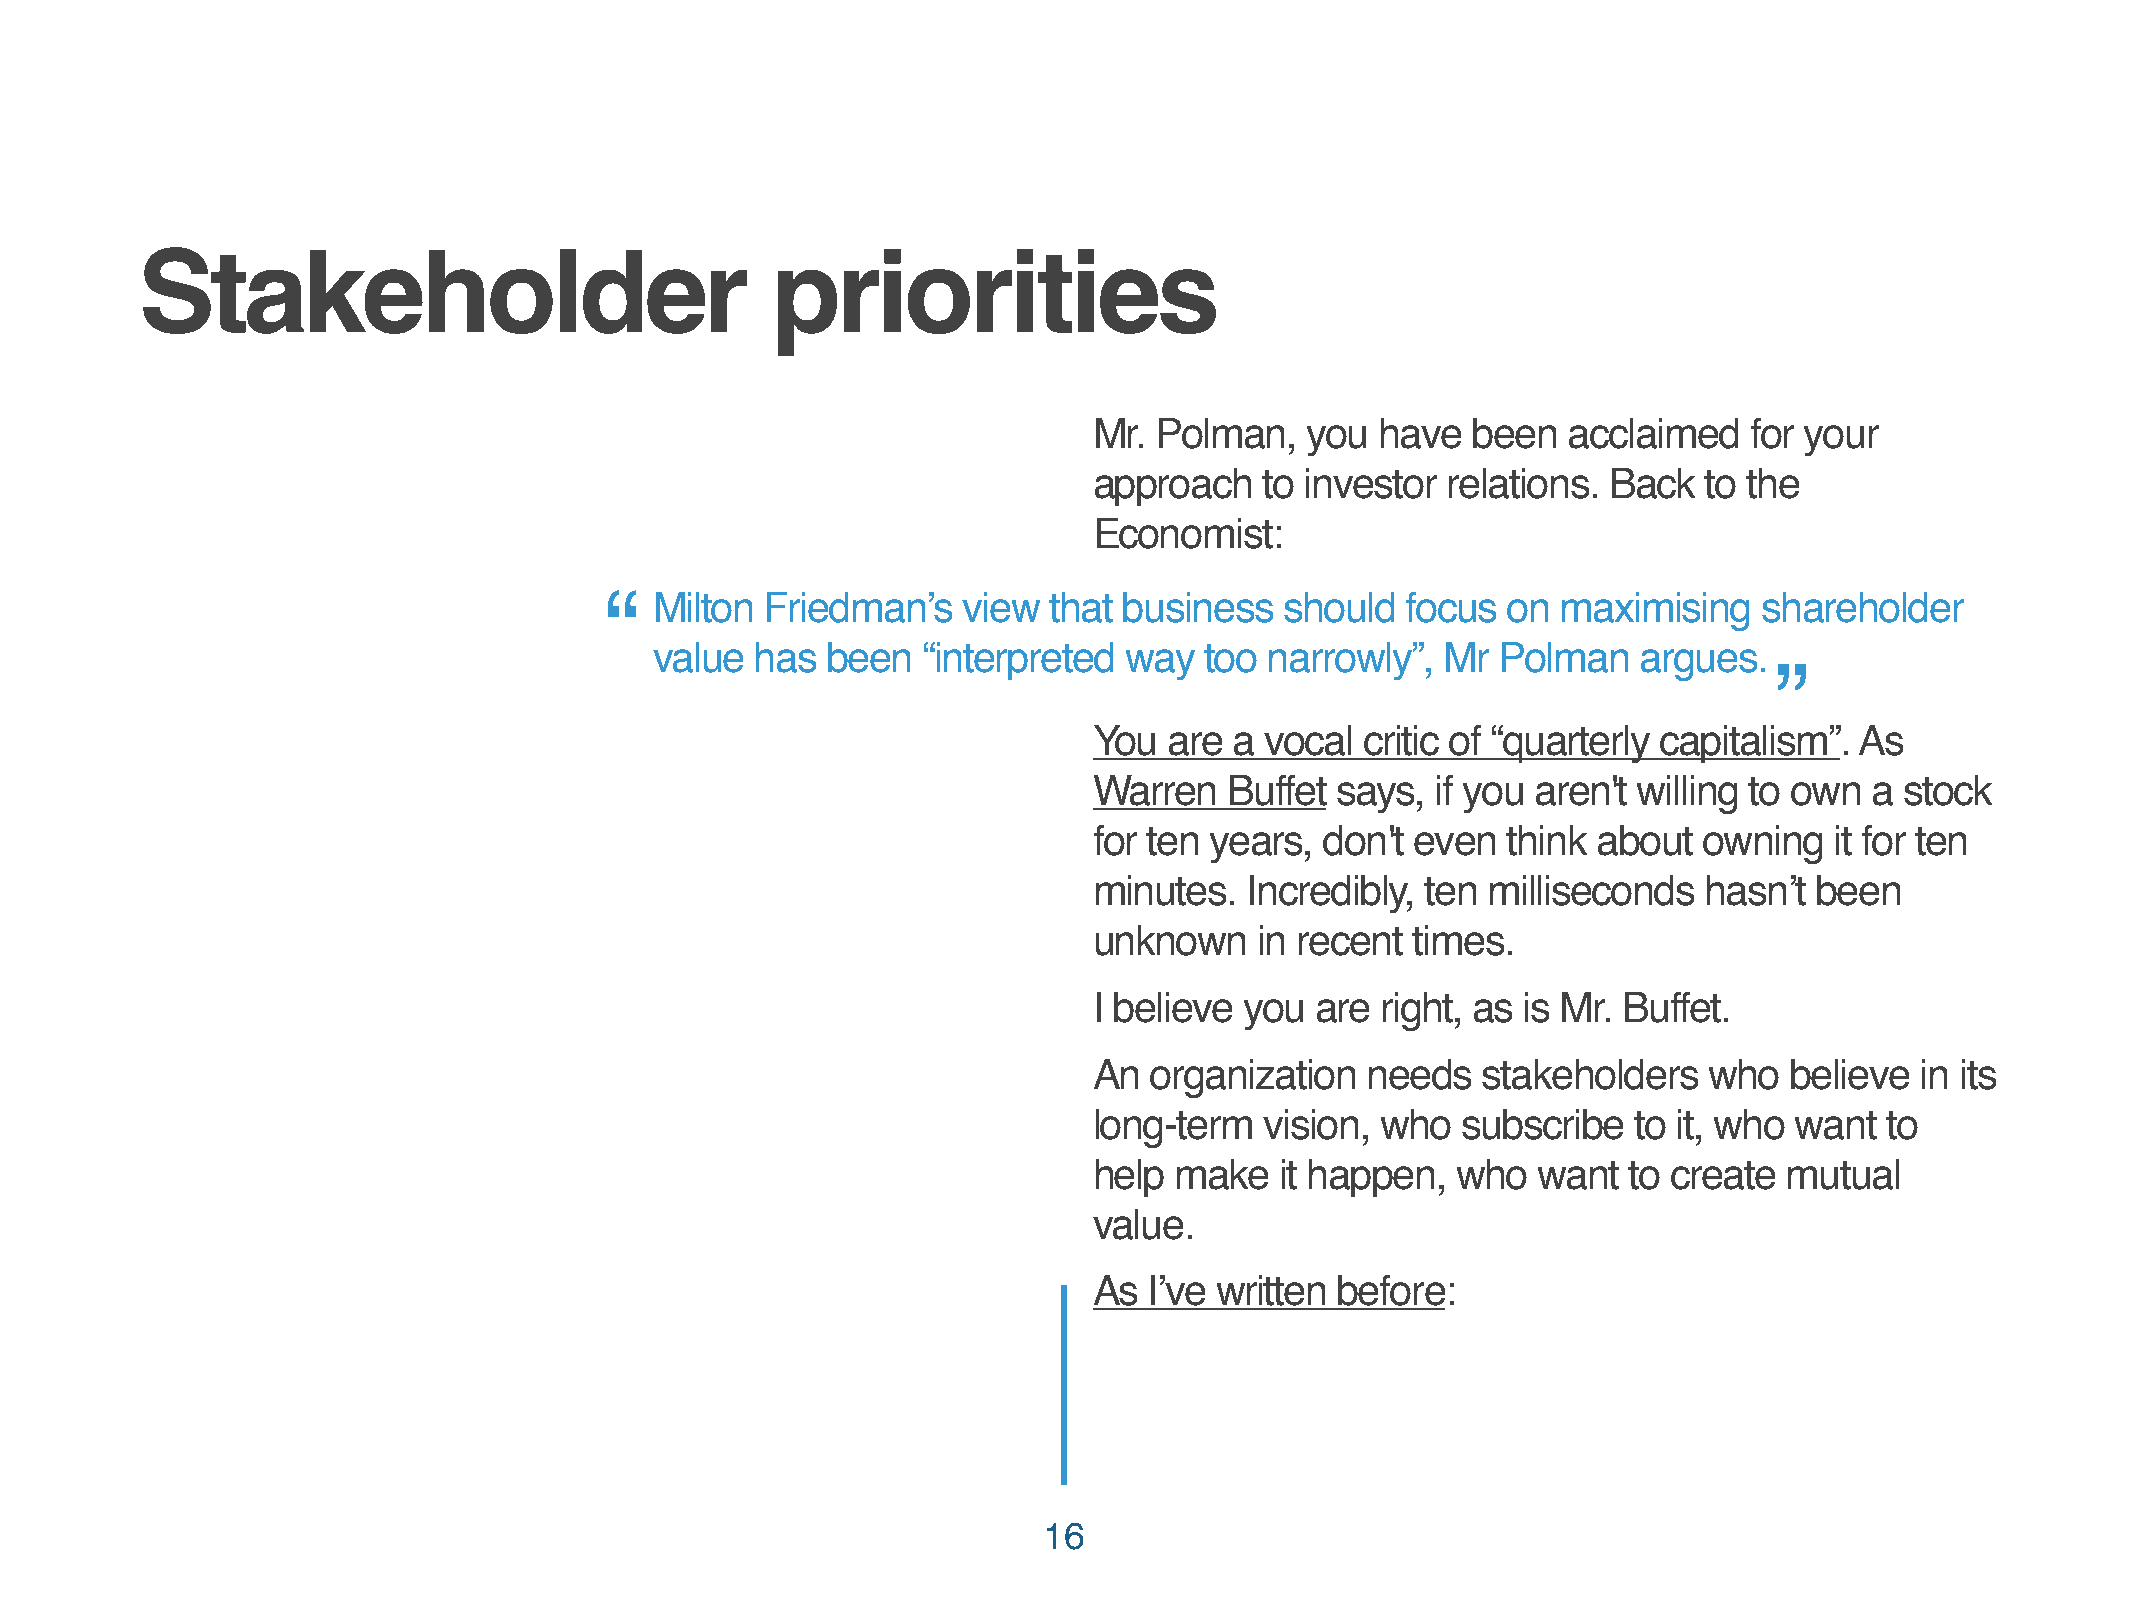
Stakeholder                               priorities
 Mr. Polman,   you  have  been   acclaimed   for your
 approach    to investor relations. Back  to the
 Economist:
 “  Milton  Friedman’s   view that business   should  focus  on maximising    shareholder
 value  has  been  “interpreted way   too narrowly”,  Mr Polman    argues.
 ”
 You  are  a vocal critic of “quarterly capitalism”. As
 Warren   Buffet says,  if you aren't willing to own a stock
 for ten years,  don't even  think about  owning  it for ten
 minutes.   Incredibly, ten milliseconds  hasn’t been
 unknown    in recent times.
 I believe you  are right, as is Mr. Buffet.
 An  organization  needs   stakeholders   who  believe  in its
 long-term   vision, who  subscribe  to it, who want  to
 help  make   it happen, who   want  to create mutual
 value.
 As  I’ve written before:
 16